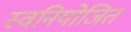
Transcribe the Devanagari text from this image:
स्वनियोजित